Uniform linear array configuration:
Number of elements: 48
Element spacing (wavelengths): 1
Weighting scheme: cosine
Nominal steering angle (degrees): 60
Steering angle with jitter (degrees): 60.853
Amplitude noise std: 0.05
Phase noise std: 0.05

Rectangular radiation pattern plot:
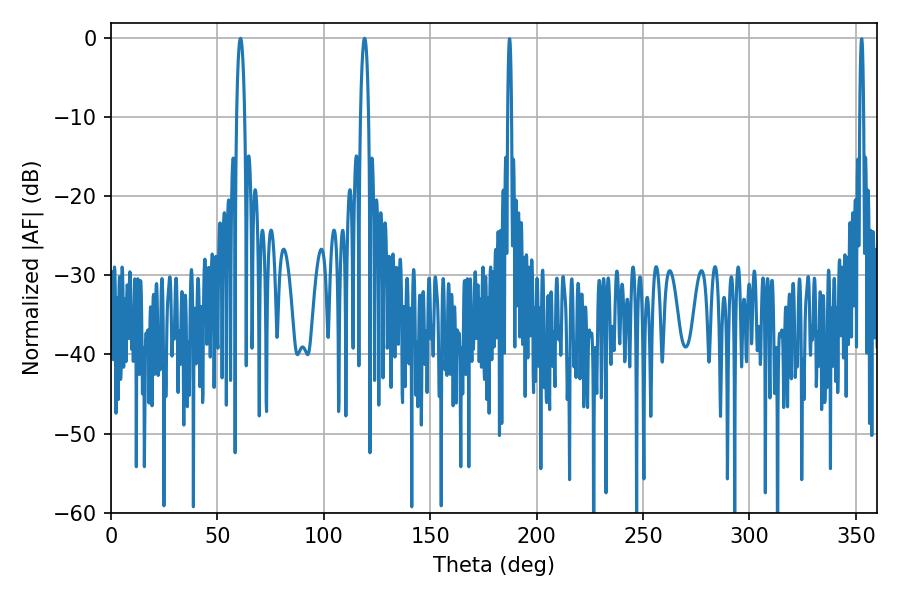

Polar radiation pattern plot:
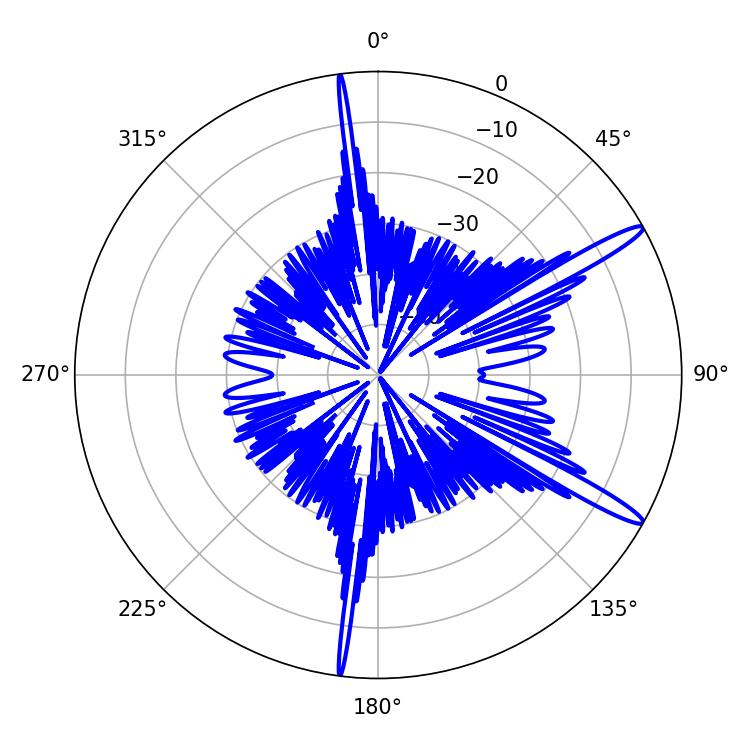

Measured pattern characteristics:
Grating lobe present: TRUE
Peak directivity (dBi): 14.6
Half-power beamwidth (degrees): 2.16
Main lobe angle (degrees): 60.84